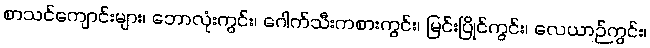
စာသင်ကျောင်းများ၊ ဘောလုံးကွင်း၊ ဂေါက်သီးကစားကွင်း၊ မြင်းပြိုင်ကွင်း၊ လေယာဉ်ကွင်း၊